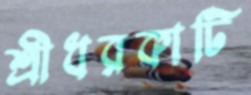
শ্রীধরকাটি